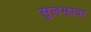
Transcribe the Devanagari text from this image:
सुलझावा